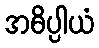
အဓိပ္ပါယံ